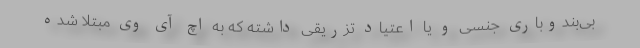
بی‌بندوباری جنسی و یا اعتیاد تزریقی داشته که به اچ آی وی مبتلا شده